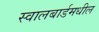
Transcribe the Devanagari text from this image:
स्वालबार्डमधील